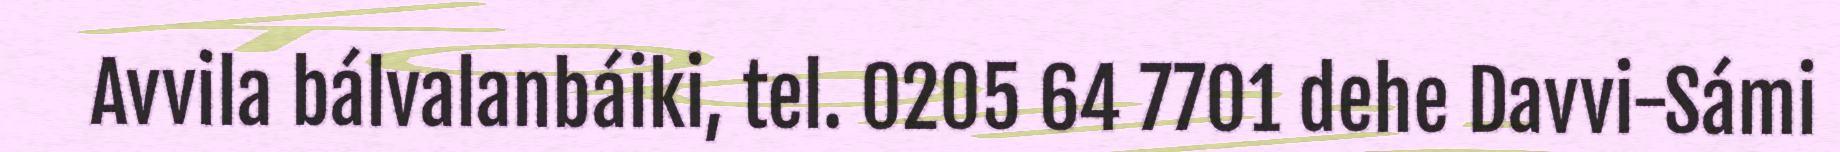
Avvila bálvalanbáiki, tel. 0205 64 7701 dehe Davvi-Sámi